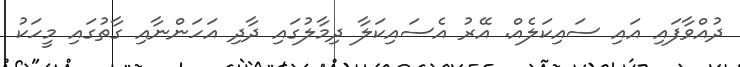
ދުއްވާފައި އައި ސައިކަލެއް. އޭރު އެސައިކަލާ ދިމާލުގައި ދާދި އަހަންނާއި ގާތުގައި މީހަކު